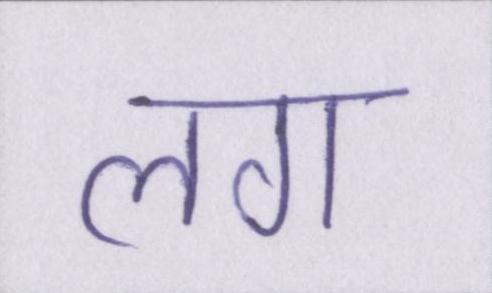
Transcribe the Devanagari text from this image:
लग